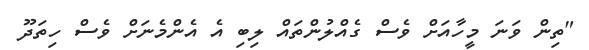
"ތިން ވަނަ މީހާއަށް ވެސް ގެއްލުންތައް ލިބި އެ އެންމެނަށް ވެސް ހިތަދޫ